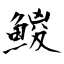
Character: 鯼